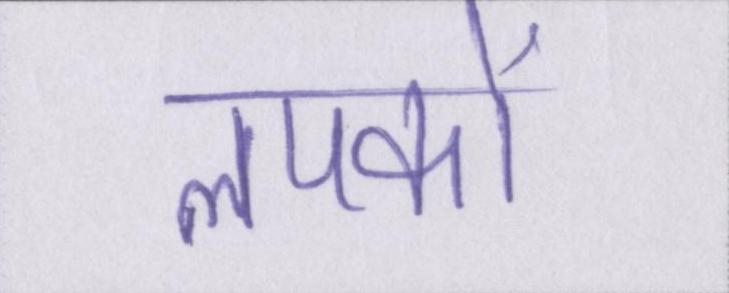
लपकाें